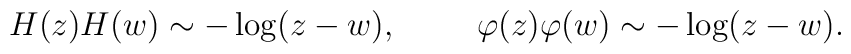
H(z)H(w)\sim -\log(z-w), \hspace{1cm} \varphi(z)\varphi(w)\sim -\log(z-w).